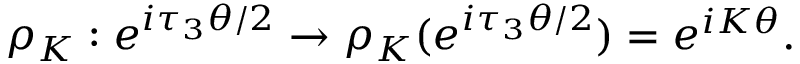
{ \rho } _ { K } : e ^ { i { \tau } _ { 3 } \theta / 2 } \rightarrow { \rho } _ { K } ( e ^ { i { \tau } _ { 3 } \theta / 2 } ) = e ^ { i K \theta } .